Annual statistical returns and brief notes on vaccination in Bengal - 1896-1909
Year: 1896
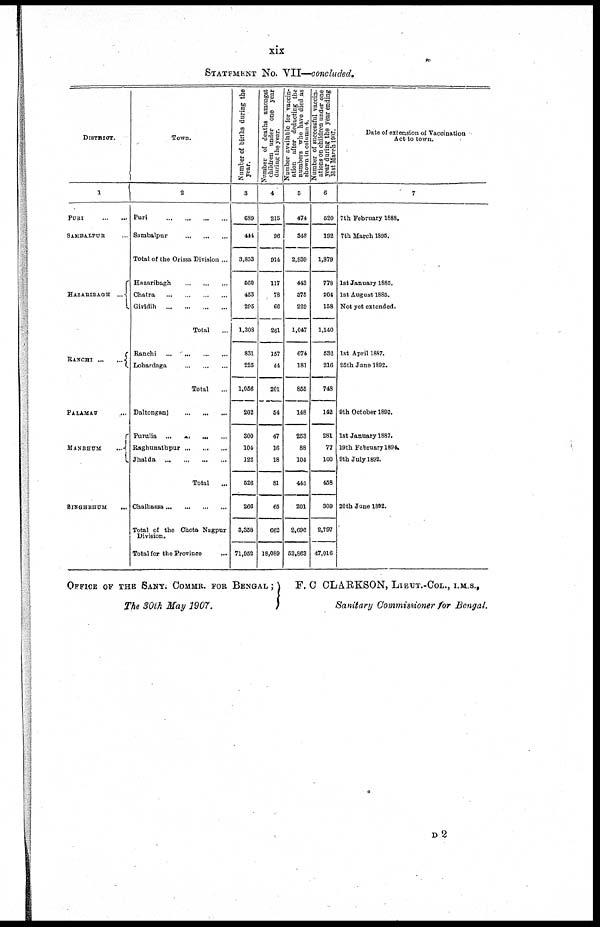
xix
STATEMENT No. VII—concluded.
DISTRICT.
1
PURI
...
...
SAMBALPUR ...
HAZARIBAGH ...
RANCHI
...
...
PALAMAU ...
MANBHUM
...
SINGHBHUM
...
Town.
2
Puri
...
...
...
...
Sambalpur
...
...
...
Total of the Orissa Division ...
Hazaribagh
...
...
...
Chatra
...
...
...
...
Giridih
...
...
...
...
Total ...
Ranchi ...
...
...
...
Lohardaga
...
...
...
Total ...
Daltonganj
...
...
...
Purulia ...
...
...
...
Raghunathpur ... ... ...
Jhalda
...
...
...
...
Total
...
Chaibassa ... ... ... ...
Total of the Chota Nagpur
Division.
Total for the Province ...
Number of births during the
year.
3
689
444
3,853
560
453
295
1,308
831
225
1,056
202
300
104
122
526
266
3,358
71,952
Number of deaths amongst
children under one year
during the year.
4
215
96
914
117
78
66
261
157
44
201
54
47
16
18
81
65
662
18,089
Number available for vaccin-
ation after deducting the
numbers who have died as
shown in column 4.
5
474
348
2,939
443
375
229
1,047
674
181
855
148
253
88
104
445
201
2,696
53,863
Number of successful vaccin-
ations on children under one
year during the year ending
31st March 1907.
6
520
192
1,879
778
204
158
1,140
532
216
748
142
281
77
100
458
309
2,797
47,016
Date of extension of Vaccination
Act to town.
7
7th February 1888.
7th March 1895.
1st January 1885.
1st August 1885.
Not yet extended.
1st April 1887.
25th June 1892.
9th October 1890.
1st January 1887.
19th February 1894.
9th July 1892.
20th June 1892.
OFFICE OF THE SANY. COMMR. FOR BENGAL ;
The 30th May 1907.
F. C CLARKSON, LIEUT.-COL., I.M.S.,
Sanitary Commissioner for Bengal.
D2